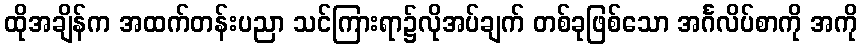
ထိုအချိန်က အထက်တန်းပညာ သင်ကြားရာ၌လိုအပ်ချက် တစ်ခုဖြစ်သော အင်္ဂလိပ်စာကို အကို